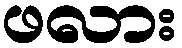
ဖလား